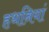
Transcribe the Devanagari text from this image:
हथनियां